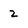
Character: 2